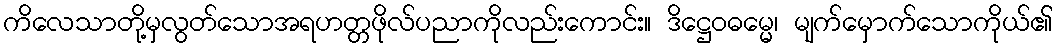
ကိလေသာတို့မှလွတ်သောအရဟတ္တဖိုလ်ပညာကိုလည်းကောင်း။ ဒိဋ္ဌေဝဓမ္မေ၊ မျက်မှောက်သောကိုယ်၏